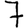
Digit: 7